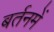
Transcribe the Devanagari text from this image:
बर्तनमें